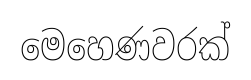
මෙහෙණවරක්